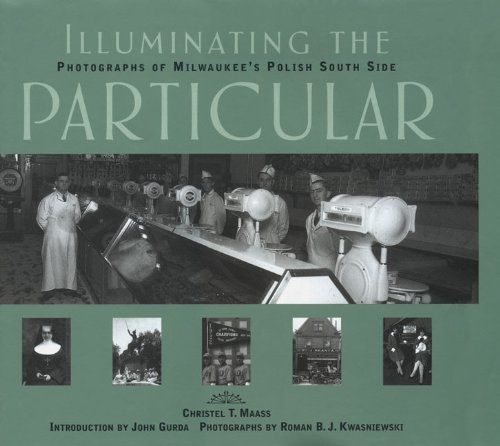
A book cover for Illuminating the Particular: Photographs of Milwaukee's Polish South Side; Christel T. Maass; Travel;